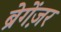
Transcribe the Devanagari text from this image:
ब्रेगेंज़र